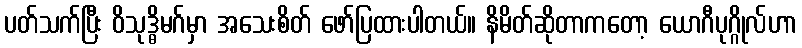
ပတ်သက်ပြီး ဝိသုဒ္ဓိမဂ်မှာ အသေးစိတ် ဖော်ပြထားပါတယ်။ နိမိတ်ဆိုတာကတော့ ယောဂီပုဂ္ဂိုလ်ဟာ